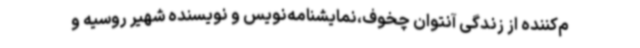
م‌کننده از زندگی آنتوان چخوف،نمایشنامه‌نویس و نویسنده شهیر روسیه و